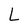
Character: L